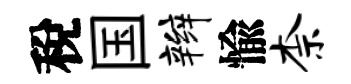
稅国辫愉柰